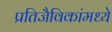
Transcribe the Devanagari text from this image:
प्रतिजैविकांमध्ये